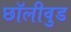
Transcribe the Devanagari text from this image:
छॉलीवुड